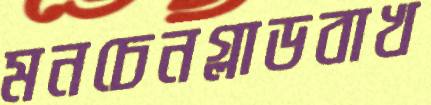
মনচেনগ্লাডবাখ